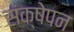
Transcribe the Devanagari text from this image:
संक्षेपन